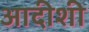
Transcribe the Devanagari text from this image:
आदीशी